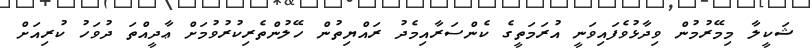
ޝަކީލާ މިމޭރުމުން ވިދާޅުވެފައިވަނީ އުރަމަތީގެ ކެންސަރާއިމެދު ރައްޔިތުންް ހޭލުންތެރިކުރުވުމަށް ޢާދީއްތަ ދުވަހު ކުރިއަށް